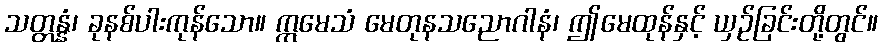
သတ္တန္နံ၊ ခုနစ်ပါးကုန်သော။ ဣမေသံ မေတုနသညောဂါနံ၊ ဤမေထုန်နှင့် ယှဉ်ခြင်းတို့တွင်။